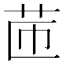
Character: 𦭧